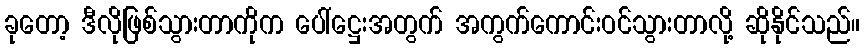
ခုတော့ ဒီလိုဖြစ်သွားတာကိုက ပေါ်ဋ္ဌေးအတွက် အကွက်ကောင်းဝင်သွားတာလို့ ဆိုနိုင်သည်။